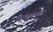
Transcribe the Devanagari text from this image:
कडव्यांना